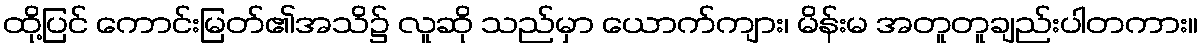
ထို့ပြင် ကောင်းမြတ်၏အသိ၌ လူဆို သည်မှာ ယောက်ကျား၊ မိန်းမ အတူတူချည်းပါတကား။